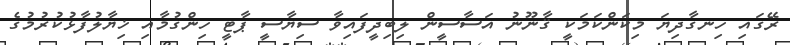
ރޭގައި ހިނގާދިޔަ މިކަންކަމަކީ ޤާނޫނު އަސާސީން ލިބިދީފައިވާ ސިޔާސީ ޕާޓީ ހިންގުމާއި ޚިޔާލުފާޅުކުރުމުގެ